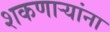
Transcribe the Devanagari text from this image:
शकणाऱ्यांना